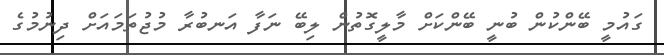
ގައުމީ ބޭންކުން ބުނީ ބޭންކަށް މާލީގޮތުން ލިބޭ ނަފާ އަނބުރާ މުޖުތަމައަށް ދިނުމުގެ